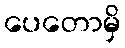
ပေတောမှိ